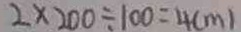
2 \times 2 0 0 \div 1 0 0 = 4 ( m )